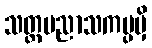
သတ္တပညာသကပ္ပမှိ